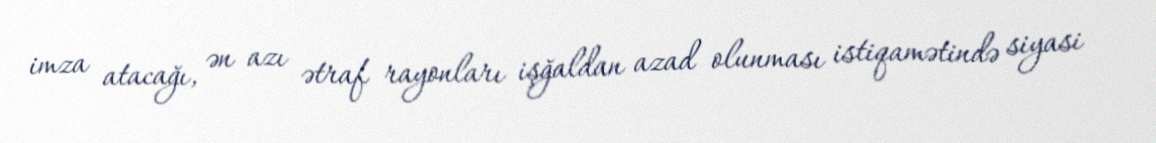
imza atacağı, ən azı ətraf rayonları işğaldan azad olunması istiqamətində siyasi